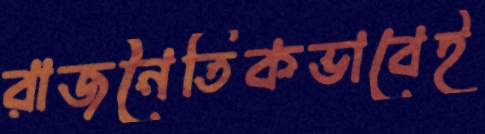
রাজনৈতিকভাবেই